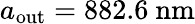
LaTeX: a_{\mathrm{out}}=882.6\ \mathrm{nm}